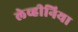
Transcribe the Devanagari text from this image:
लेव्हीनिया